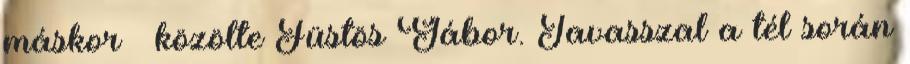
máskor – közölte Füstös Gábor. Tavasszal a tél során